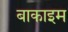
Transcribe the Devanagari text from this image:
बाकाइम